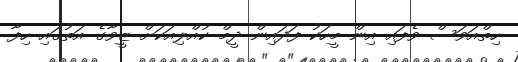
ހިތްއަވަސް ވެފައި އިން މީހަކު ފަދައިން ދީމް ކުއްލިއަކަށް ޒީވާގެ އަތުގައި ހިފާ